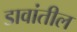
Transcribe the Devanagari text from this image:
डावांतील